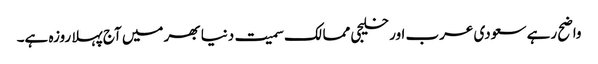
واضح رہے سعودی عرب اور خلیجی ممالک سمیت دنیا بھر میں آج پہلا روزہ ہے۔